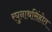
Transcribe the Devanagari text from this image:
रघुनाथसिंहोत